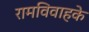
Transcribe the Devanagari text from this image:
रामविवाहके